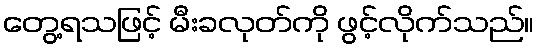
တွေ့ရသဖြင့် မီးခလုတ်ကို ဖွင့်လိုက်သည်။